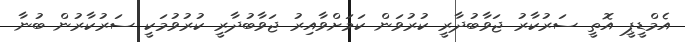
އެމްޑީޕީ އޮތީ ސަރުކާރު ޖަވާބުދާރީ ކުރުވަން ކަމަށްވާއިރު ޖަވާބުދާރީ ކުރުވުމަކީ ސަރުކާރުން ބުނާ